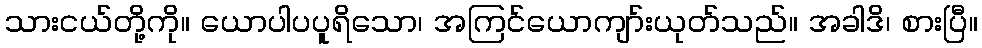
သားငယ်တို့ကို။ ယောပါပပူရိသော၊ အကြင်ယောကျာ်းယုတ်သည်။ အခါဒိ၊ စားပြီ။